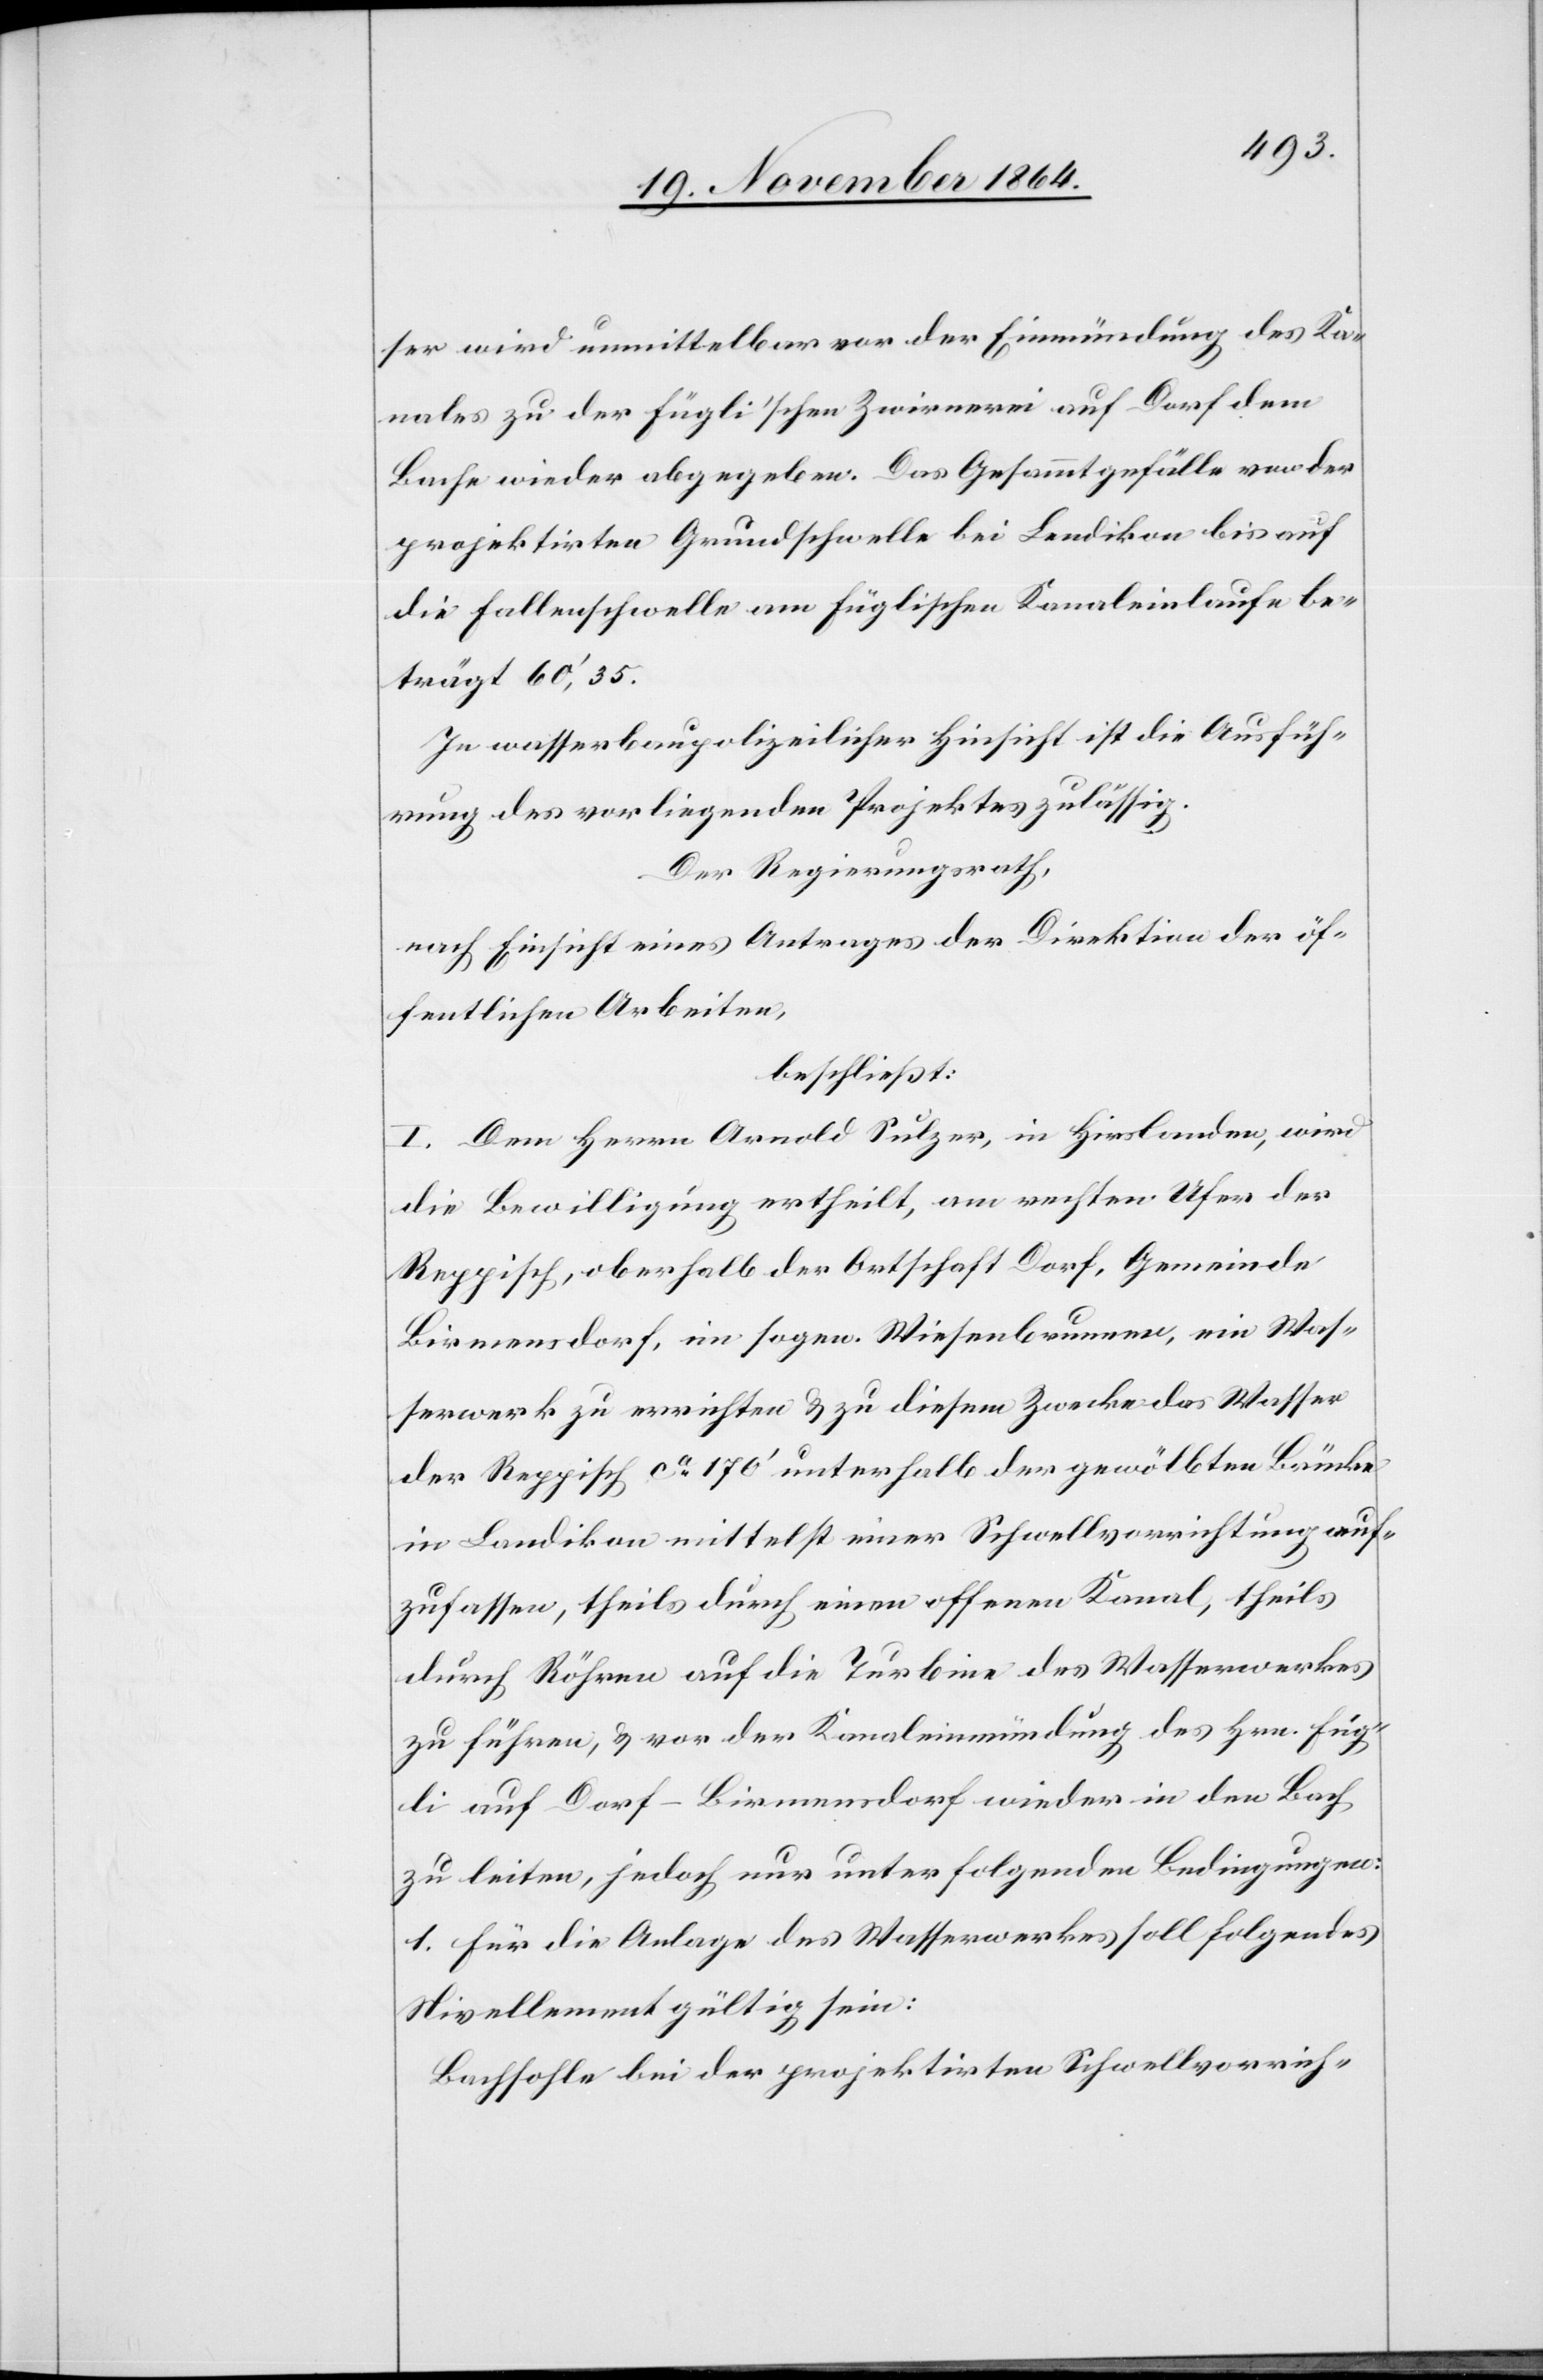
ser wird unmittelbar vor der Einmündung des Ka¬
nales zu der Fügli’schen Zwirnerei auf Dorf dem
Bache wieder abgegeben. Das Gesammtgefälle von der
projektirten Grundschwelle bei Landikon bis auf
die Fallenschwelle am Füglischen Kanaleinlaufe be¬
trägt 60’,35.
In wasserbaupolizeilicher Hinsicht ist die Ausfüh¬
rung des vorliegenden Projektes zulässig.
Der Regierungsrath,
nach Einsicht eines Antrages der Direktion der öf¬
fentlichen Arbeiten,
beschließt:
I. Dem Herrn Arnold Sulzer, in Hirslanden, wird
die Bewilligung ertheilt, am rechten Ufer der
Reppisch, oberhalb der Ortschaft Dorf, Gemeinde
Birmensdorf, im sogen. Wiesenbrunnen, ein Was¬
serwerk zu errichten & zu diesem Zwecke das Wasser
der Reppisch ca 170’ unterhalb der gewölbten Brücke
in Landikon mittelst einer Schwellvorrichtung auf¬
zufassen, theils durch einen offenen Kanal, theils
durch Röhren auf die Turbine des Wasserwerkes
zu führen, & vor der Kanaleinmündung des Hrn. Füg¬
li auf Dorf-Birmensdorf wieder in den Bach
zu leiten, jedoch nur unter folgenden Bedingungen:
1. Für die Anlage des Wasserwerkes soll folgendes
Nivellement gültig sein:
Bachsohle bei der projektirten Schwellvorrich-